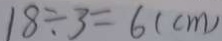
1 8 \div 3 = 6 ( c m )